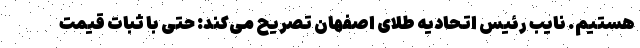
هستیم. نایب رئیس اتحادیه طلای اصفهان تصریح می‌کند: حتی با ثبات قیمت